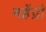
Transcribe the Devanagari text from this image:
महेंद्री